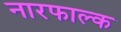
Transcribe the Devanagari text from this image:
नारफाल्क